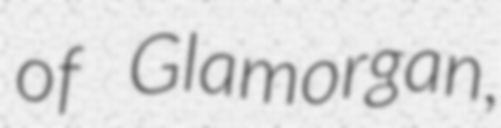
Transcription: of Glamorgan,